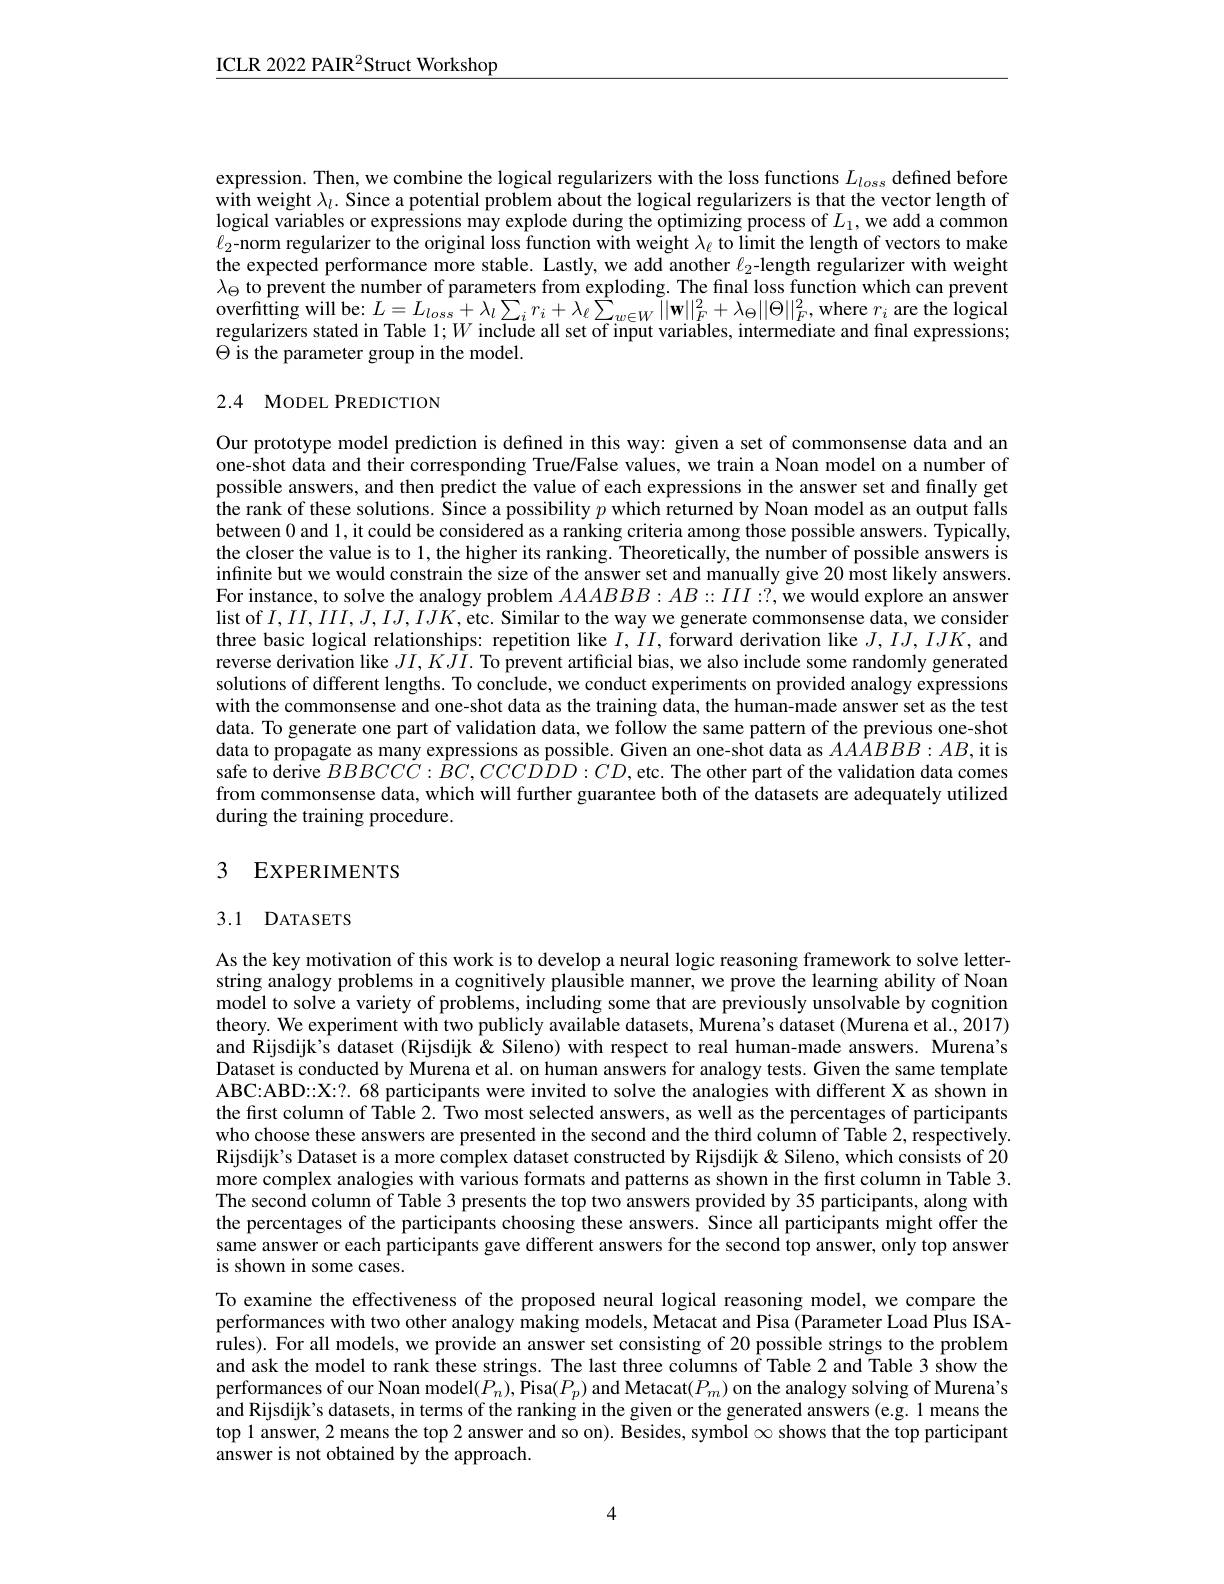
$\underline{\mathrm{ICLR~2022~PAIR^2Struct~Workshop}}$

expression. Then, we combine the logical regularizers with the loss functions $L_{loss}$ defined before with weight $\lambda_l.$ Since a potential problem about the logical regularizers is that the vector length of $\tilde{\text{logical variables or expressions may explode during the optimizing process of }L_1,\text{we add a common}}$ $\ell_2$-norm regularizer to the original loss function with weight $\lambda_\ell$ to limit the length of vectors to make the expected performance more stable. Lastly, we add another $\ell_2$-length regularizer with weight $\lambda_\Theta$ to prevent the number of parameters from exploding. The final loss function which can prevent overfitting will be: $L=L_{loss}+\lambda_{l}\sum_{i}r_{i}+\lambda_{\ell}\sum_{w\in W}\tilde{|}|\mathbf{w}||_{F}^{2}+\lambda_{\Theta}||\Theta||_{F}^{2}$,where $r_{i}$ are the logical regularizers stated in Table $1;W$ include all set of input variables, intermediate and final expressions; $\Theta$ is the parameter group in the model.

## 2.4 MODEL PREDICTION

Our prototype model prediction is defined in this way: given a set of commonsense data and an one-shot data and their corresponding True/False values, we train a Noan model on a number of possible answers, and then predict the value of each expressions in the answer set and finally get the rank of these solutions. Since a possibility $p$ which returned by Noan model as an output falls between 0 and l, it could be considered as a ranking criteria among those possible answers. Typically, the closer the value is to 1, the higher its ranking. Theoretically, the number of possible answers is infinite but we would constrain the size of the answer set and manually give 20 most likely answers. For instance, to solve the analogy problem $AAABBB:AB:III:?$,we would explore an answer list of $I,II,IIII,J,IIJ,IJ,IJK$,etc. Similar to the way we generate commonsense data, we consider three basic logical relationships: repetition like $I,II$, forward derivation like $J,IJ,IJK$, and reverse derivation like $JI,KJ\hat{I}.$ To prevent artificial bias, we also include some randomly generated solutions of different lengths. To conclude, we conduct experiments on provided analogy expressions with the commonsense and one-shot data as the training data, the human-made answer set as the test data. To generate one part of validation data, we follow the same pattern of the previous one-shot data to propagate as many expressions as possible. Given an one-shot data as $AAABBB:AB$,itis safe to derive $BBBBCCC:BC,CCCDDD:CD$,etc. The other part of the validation data comes from commonsense data, which will further guarantee both of the datasets are adequately utilized during the training procedure.

## 3 EXPERIMENTS

## 3.1 DATASETS

As the key motivation of this work is to develop a neural logic reasoning framework to solve letterstring analogy problems in a cognitively plausible manner, we prove the learning ability of Noan model to solve a variety of problems, including some that are previously unsolvable by cognition theory. We experiment with two publicly available datasets, Murena's dataset (Murena et al., 2017) and Rijsdijk's dataset (Rijsdijk & Sileno) with respect to real human-made answers. Murena's Dataset is conducted by Murena et al. on human answers for analogy tests. Given the same template ABC:ABD::X:?. 68 participants were invited to solve the analogies with different X as shown in the first column of Table 2. Two most selected answers, as well as the percentages of participants who choose these answers are presented in the second and the third column of Table 2, respectively. Rijsdijk's Dataset is a more complex dataset constructed by Rijsdijk & Sileno, which consists of 20 more complex analogies with various formats and patterns as shown in the first column in Table 3 The second column of Table 3 presents the top two answers provided by 35 participants, along with the percentages of the participants choosing these answers. Since all participants might offer the same answer or each participants gave different answers for the second top answer, only top answer is shown in some cases.
To examine the effectiveness of the proposed neural logical reasoning model, we compare the performances with two other analogy making models, Metacat and Pisa (Parameter Load Plus ISArules). For all models, we provide an answer set consisting of 20 possible strings to the problem and ask the model to rank these strings. The last three columns of Table 2 and Table 3 show the performances of our Noan model$(P_n)$,Pisa$(P_p)$ and Metacat$(P_m)$ on the analogy solving of Murena's and Rijsdijk's datasets, in terms of the ranking in the given or the generated answers (e.g.1 means the top 1 answer, 2 means the top 2 answer and so on). Besides, symbol $\infty$ shows that the top participant answer is not obtained by the approach.

4